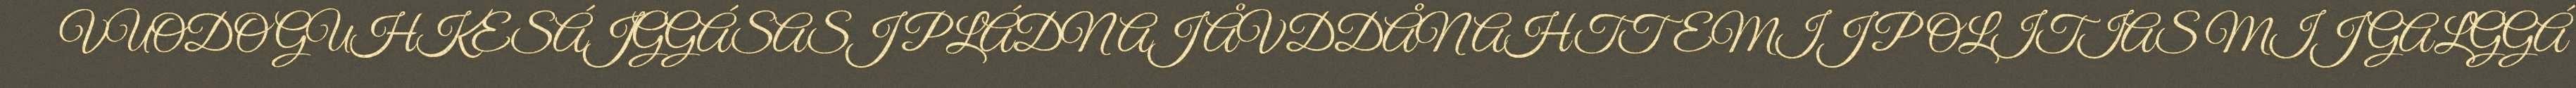
VUODO GUHKESÁJGGÁSASJ PLÁDNAJ ÅVDDÅNAHTTEMIJ POLITIAS MIJ GALGGÁ